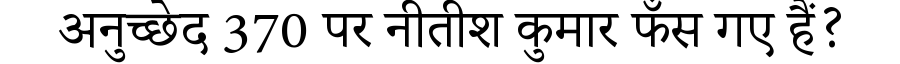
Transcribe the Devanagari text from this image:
अनुच्छेद 370 पर नीतीश कुमार फँस गए हैं?